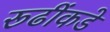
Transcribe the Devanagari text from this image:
रूढींकडे